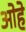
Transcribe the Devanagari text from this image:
ओहे